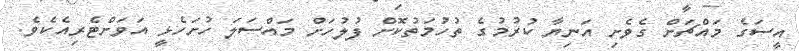
އީސަގެ މައްޗަށް ގެވެށި އަނިޔާ ކުރުމުގެ ތުހުމަތުކޮށް ފުލުހަށް މައްސަލަ ހުށަހެޅީ އަވަށްޓެރިއެކެވެ.